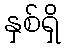
နှစ်ရှိ